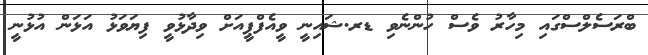
ބްރަސެލްސްގައި މިހާރު ވެސް ހުންނެވި ޑރ.ޝައިނީ ވީއެފްޕީއަށް ވިދާޅުވީ ފިޔަވަޅު އަޅަން އުޅުނީ